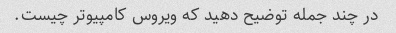
در چند جمله توضیح دهید که ویروس کامپیوتر چیست.